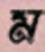
ম